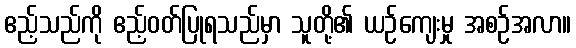
ဧည့်သည်ကို ဧည့်ဝတ်ပြုရသည်မှာ သူတို့၏ ယဉ်ကျေးမှု အစဉ်အလာ။